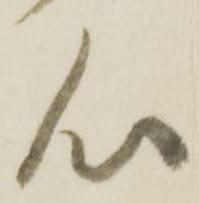
心